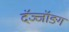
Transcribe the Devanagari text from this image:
दॅञ्जॉङ्ग